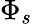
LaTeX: \Phi_{s}